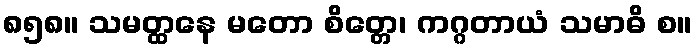
၈၅၈။ သမတ္ထနေ မတော စိတ္တေ၊ ကဂ္ဂတာယံ သမာဓိ စ။